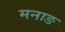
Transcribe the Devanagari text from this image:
मनाङ